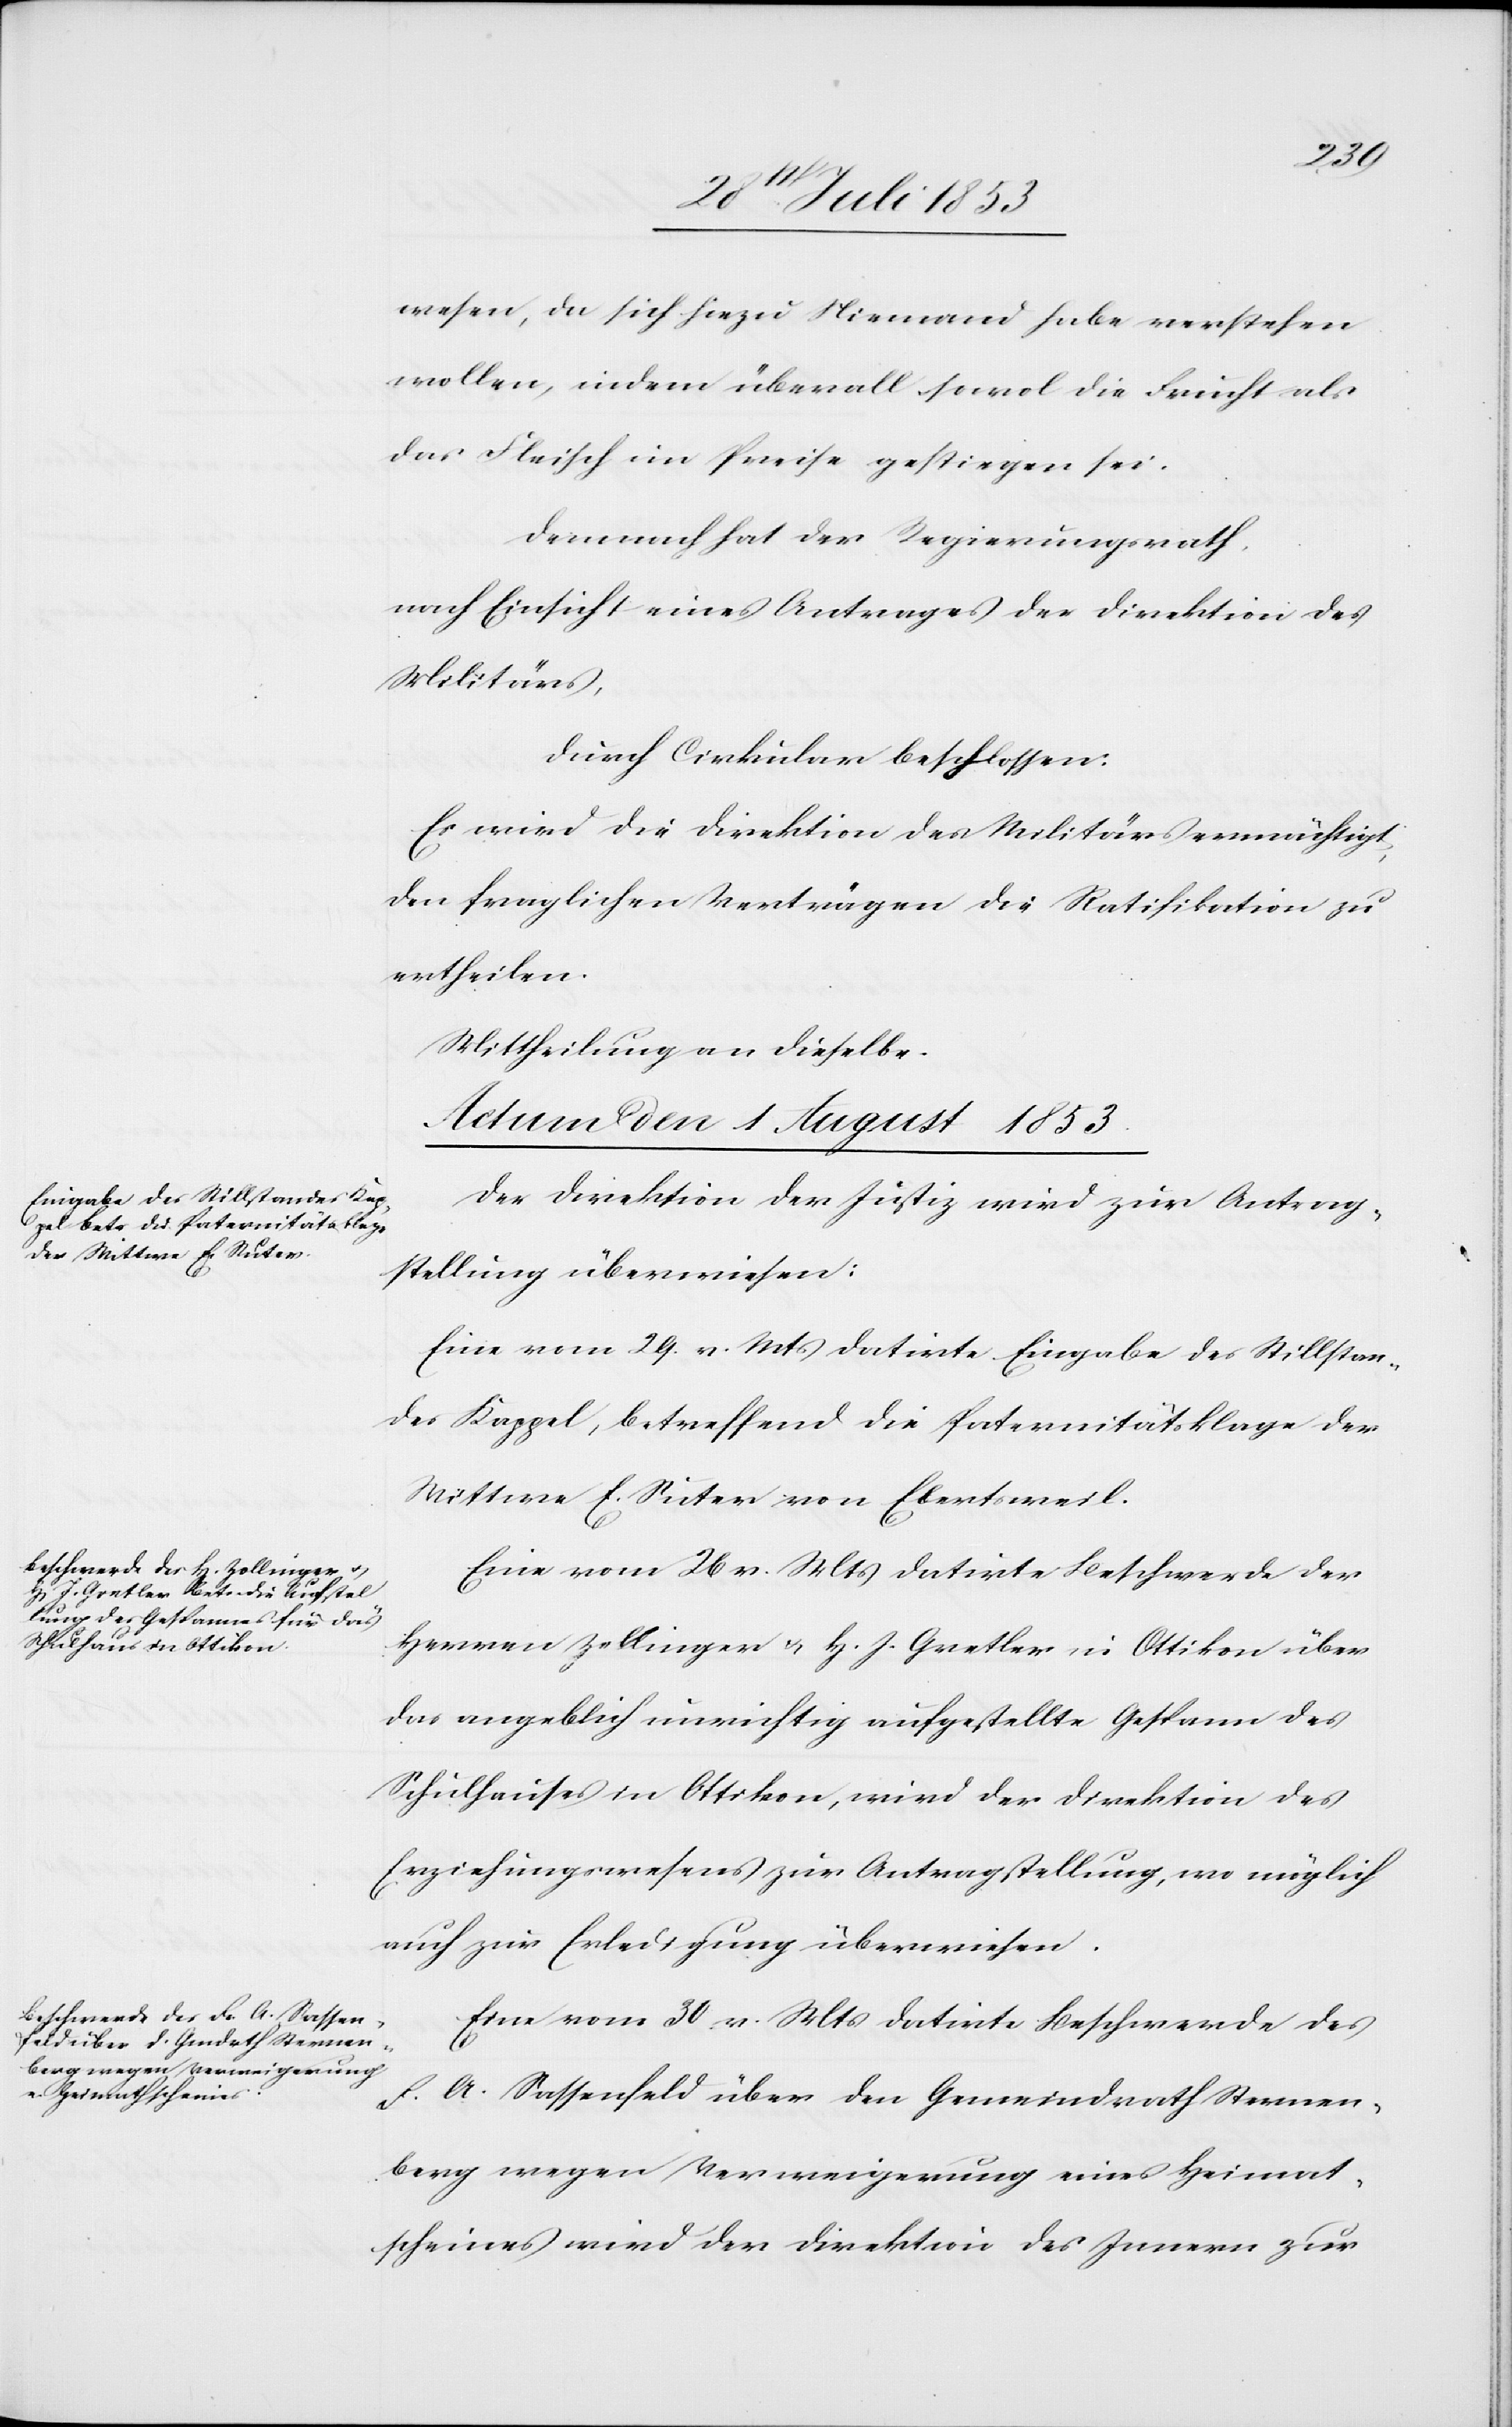
wesen, da sich hiezu Niemand habe verstehen
wollen, indem überall sowol die Frucht als
das Fleisch im Preise gestiegen sei.
Demnach hat der Regierungsrath,
nach Einsicht eines Antrages der Direktion des
Militärs,
durch Cirkular beschlossen:
Es wird die Direktion des Militärs ermächtigt,
den fraglichen Verträgen die Ratifikation zu
ertheilen.
Mittheilung an dieselbe.
Actum den 1 August 1853.]
Der Direktion der Justiz wird zur Antrag¬
stellung überwiesen:
Eine vom 29 v. Mts. datirte Eingabe des Stillstan¬
des Kappel, betreffend die Paternitätsklage der
Wittwe E. Suter von Ebertsweil.
Eine vom 26 v. Mts. datirte Beschwerde der
Herren Zollinger u. H. J. Gretler in Ottikon über
das angeblich unrichtig aufgestellte Gespann des
Schulhauses in Ottikon, wird der Direktion des
Erziehungswesens zur Antragstellung, wo möglich
auch zur Erledigung überwiesen.
Eine vom 30 v. Mts. datirte Beschwerde des
F. A. Sassenfeld über den Gemeindrath Sternen¬
berg wegen Verweigerung eines Heimat¬
hscheines wird der Direktion des Innern zur